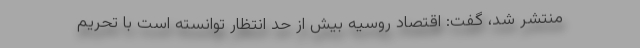
منتشر شد، گفت: اقتصاد روسیه بیش از حد انتظار توانسته است با تحریم